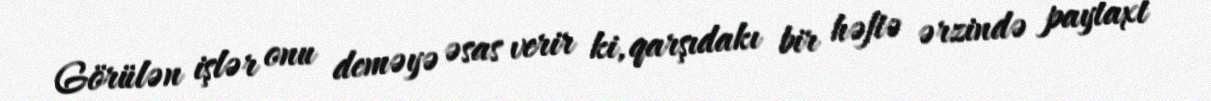
Görülən işlər onu deməyə əsas verir ki, qarşıdakı bir həftə ərzində paytaxt